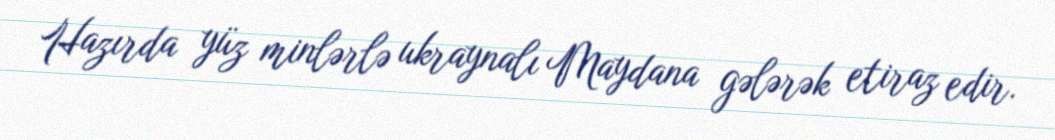
Hazırda yüz minlərlə ukraynalı Maydana gələrək etiraz edir.